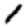
Digit: 1